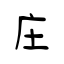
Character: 庄